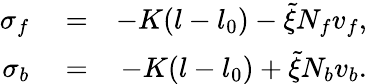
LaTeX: \begin{array}{rlr}{\sigma_{f}}&{{}=}&{-K(l-l_{0})-\tilde{\xi}N_{f}v_{f},}\\ {\sigma_{b}}&{{}=}&{-K(l-l_{0})+\tilde{\xi}N_{b}v_{b}.}\end{array}